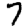
Digit: 7